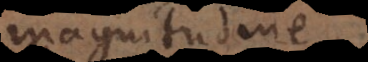
magnitudine